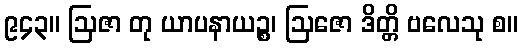
၉၄၃။ ဩဇာ တု ယာပနာယဉ္စ၊ ဩဇော ဒိတ္တိ ဗလေသု စ။